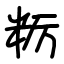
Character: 粝